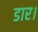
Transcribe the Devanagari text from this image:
डार।